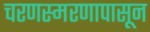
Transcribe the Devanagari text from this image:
चरणस्मरणापासून